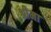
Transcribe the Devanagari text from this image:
श्रीमा